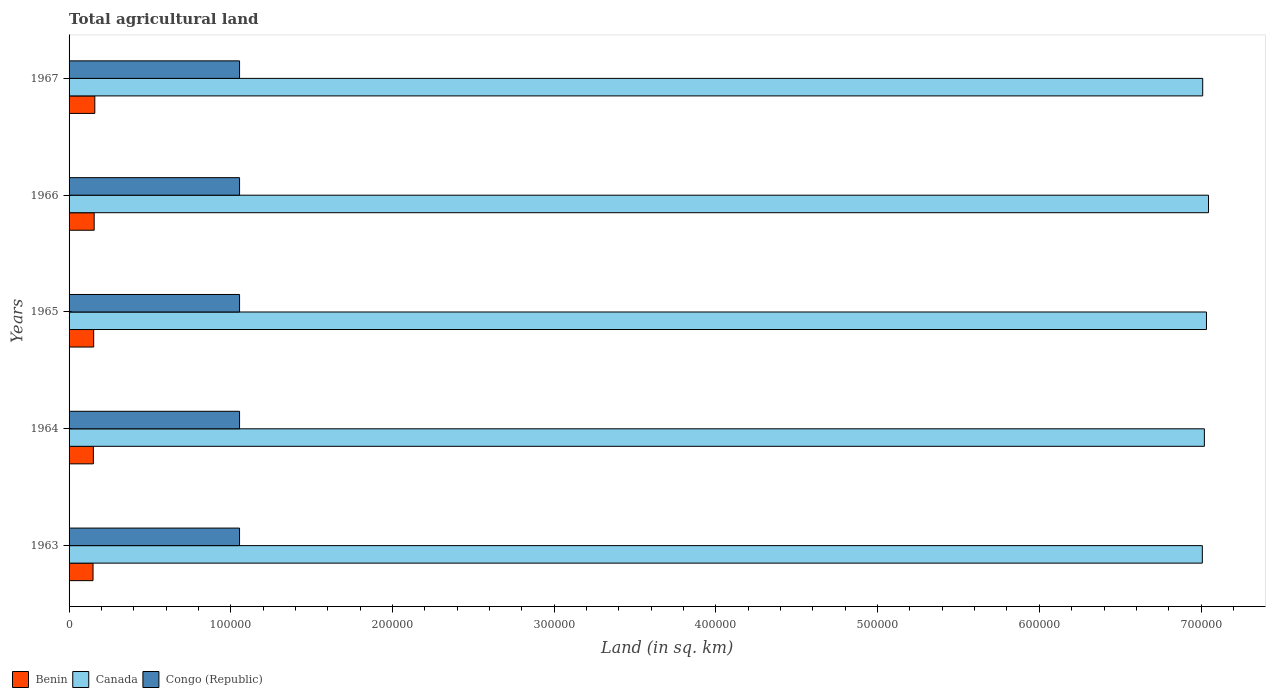
| Years | Benin | Canada | Congo (Republic) |
 | --- | --- | --- | --- |
 | 1963 | 1.48e+04 | 7.01e+05 | 1.05e+05 |
 | 1964 | 1.5e+04 | 7.02e+05 | 1.05e+05 |
 | 1965 | 1.52e+04 | 7.03e+05 | 1.05e+05 |
 | 1966 | 1.55e+04 | 7.05e+05 | 1.05e+05 |
 | 1967 | 1.59e+04 | 7.01e+05 | 1.05e+05 |